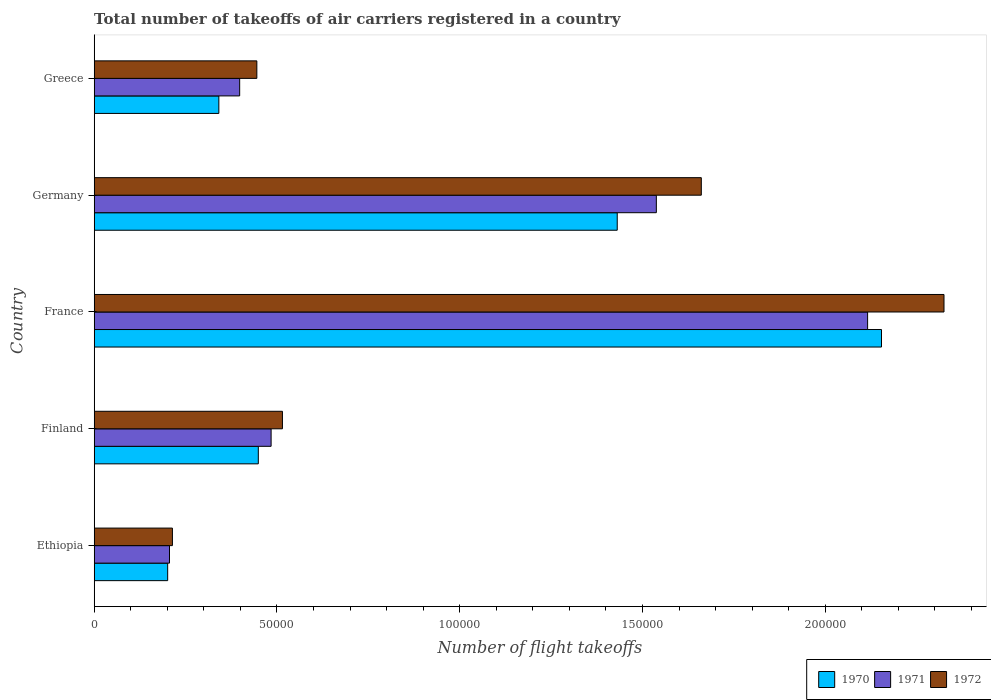
| Country | 1970 | 1971 | 1972 |
 | --- | --- | --- | --- |
 | Ethiopia | 2.01e+04 | 2.06e+04 | 2.14e+04 |
 | Finland | 4.49e+04 | 4.84e+04 | 5.15e+04 |
 | France | 2.15e+05 | 2.12e+05 | 2.32e+05 |
 | Germany | 1.43e+05 | 1.54e+05 | 1.66e+05 |
 | Greece | 3.41e+04 | 3.98e+04 | 4.45e+04 |